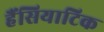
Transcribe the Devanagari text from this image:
हैंसियाटिक